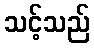
သင့်သည်